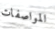
المواصفات